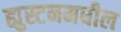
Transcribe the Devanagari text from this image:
ह्युस्टनमधील